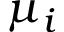
\mu _ { i }